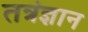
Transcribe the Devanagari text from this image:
तत्रंज्ञान